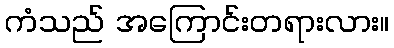
ကံသည် အကြောင်းတရားလား။